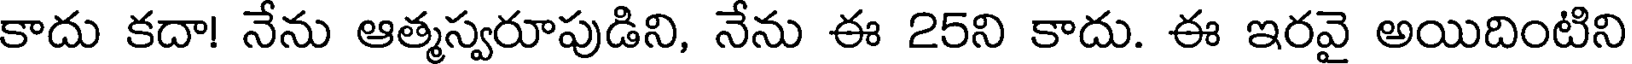
కాదు కదా! నేను ఆత్మస్వరూపుడిని, నేను ఈ 25ని కాదు. ఈ ఇరవై అయిదింటిని